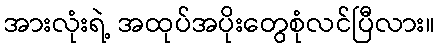
အားလုံးရဲ့ အထုပ်အပိုးတွေစုံလင်ပြီလား။